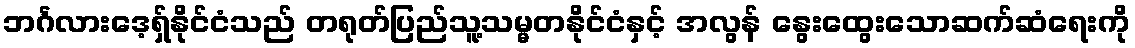
ဘင်္ဂလားဒေ့ရှ်နိုင်ငံသည် တရုတ်ပြည်သူ့သမ္မတနိုင်ငံနှင့် အလွန် နွေးထွေးသောဆက်ဆံရေးကို